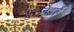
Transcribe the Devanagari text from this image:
तुलनेद्वारे